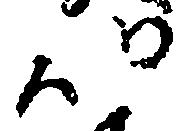
以